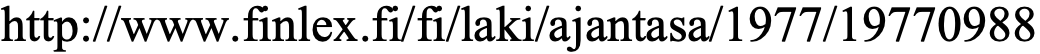
http://www.finlex.fi/fi/laki/ajantasa/1977/19770988